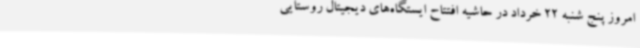
امروز پنج شنبه 22 خرداد در حاشیه افتتاح ایستگاه‌های دیجیتال روستایی